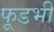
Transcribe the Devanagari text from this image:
फूडभी